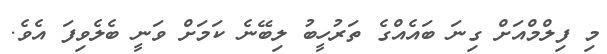
މި ފިލްމްއަށް ގިނަ ބައެއްގެ ތަރުހީބު ލިބޭނެ ކަމަށް ވަނީ ބެލެވިފަ އެވެ.